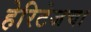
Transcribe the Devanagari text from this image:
हेरिटेजचा